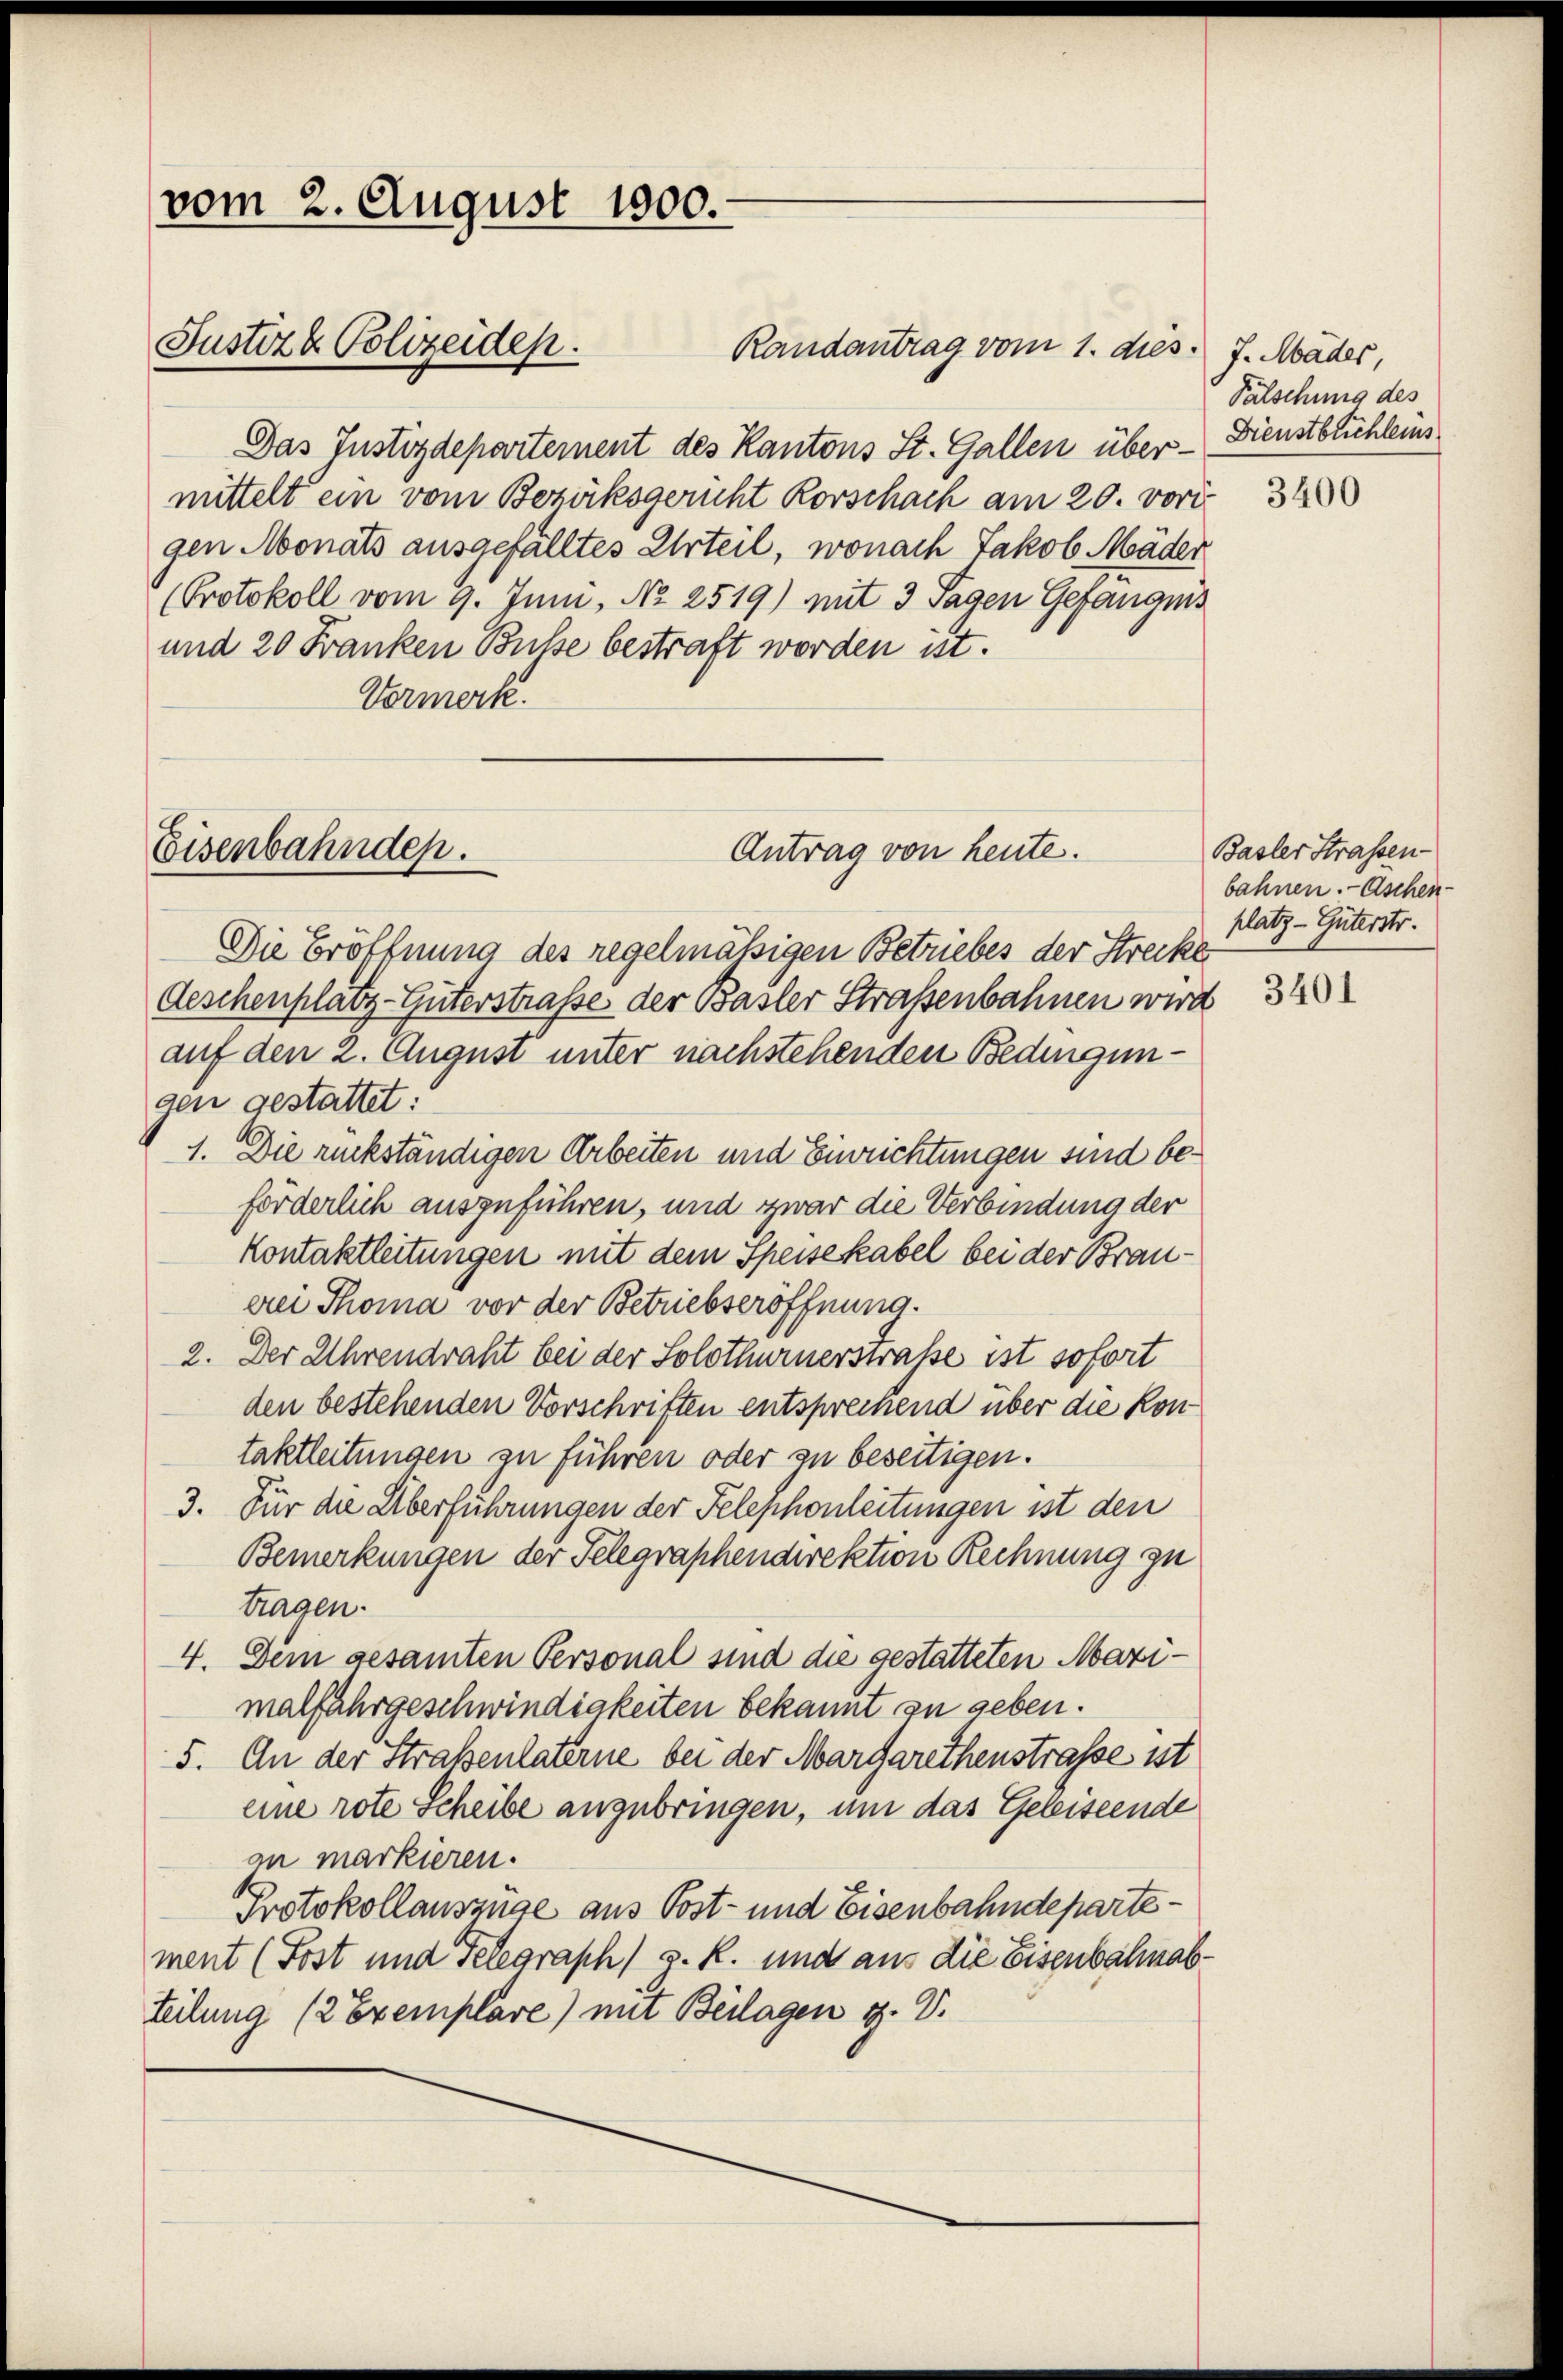
vom 2. August 1900.
Justiz & Polizeiden.

Randantrag vom 1. dies 7. Mäder,
Das Justizdepartement des Kantons St. Gallen über - Dienstblichleins
mittelt ein vom Bezirksgericht Korschach am 20. vorigen Monats ausgefälltes Urteil, wonach Jakob Mäder
Protokoll vom 9. Juni, No 2519) mit 3 Tagen Gefängnis
und 20 Franken Busse bestraft worden ist.
Vormerk.

Eisenbahnden.

Antrag von heute.

Die Eröffnung des regelmäßigen Betriebes der Strecke
Aeschenplatz-Güterstraße der Basler Straßenbahnen wird
auf den 2. August unter nachstehenden Bedingungen gestattet:
1. Die rückständigen Arbeiten und Einrichtungen sind beförderlich auszuführen, und zwar die Verbindung der
Kontaktleitungen mit dem Speisekabel bei der Brauerei Thoma vor der Betriebseröffnung.
2. Der Uhrendraht bei der Solothurnerstrasse ist sofort
den bestehenden Vorschriften entsprechend über die Kontaktleitungen zu führen oder zu beseitigen.
3. Für die Überführungen der Telephonleitungen ist den
Bemerkungen der Telegraphendirektion Rechnung zu
tragen.
4. Dem gesamten Personal sind die gestatteten Mazimalfahrgeschwindigkeiten bekannt zu geben.
5. An der Straßenlaterne bei der Margarethenstrasse ist
eine rote Scheibe anzubringen, um das Geleiseende
an markieren.
Protokollauszüge aus Post- und Eisenbahndepartement (Post und Telegraph) g. R. und aus die Eisenbahnabteilung (2 Exemplare) mit Beilagen d. V.

Pälschung des

3400

Basler Strassen-
bahnen. - Aschen-
platz - Güterstr.

3401